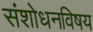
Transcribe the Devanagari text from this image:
संशोधनविषय